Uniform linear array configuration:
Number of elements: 64
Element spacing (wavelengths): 0.75
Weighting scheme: binomial
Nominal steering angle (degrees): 0
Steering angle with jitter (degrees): -1.944
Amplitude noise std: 0.05
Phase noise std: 0.05

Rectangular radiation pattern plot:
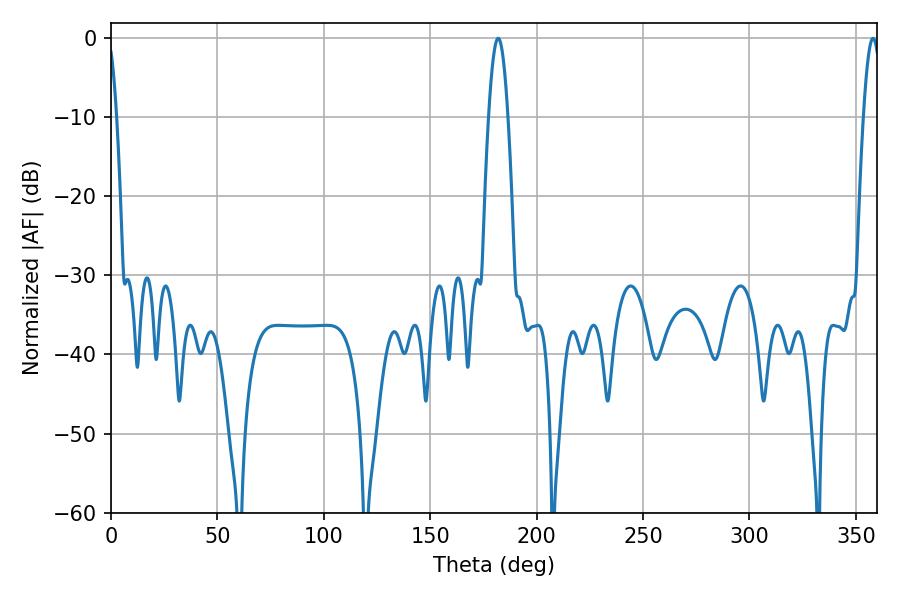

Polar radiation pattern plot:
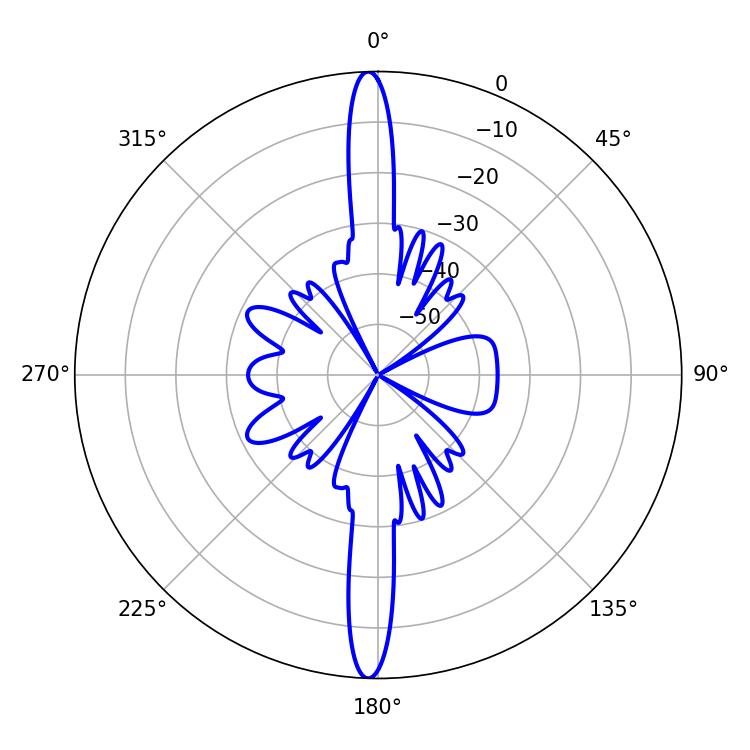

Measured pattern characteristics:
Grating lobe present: TRUE
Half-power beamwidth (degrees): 4.86
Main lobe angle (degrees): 181.98